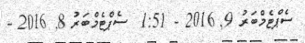
ސެޕްޓެމްބަރު 9